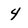
Character: 4